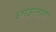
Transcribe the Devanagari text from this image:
छाऊतांग